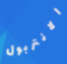
الانتربول